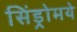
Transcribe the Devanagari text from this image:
सिंड्रोमये